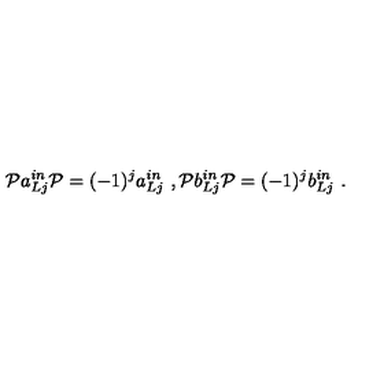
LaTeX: \mathcal { P } a _ { L j } ^ { i n } \mathcal { P } = ( - 1 ) ^ { j } a _ { L j } ^ { i n } \ , \mathcal { P } b _ { L j } ^ { i n } \mathcal { P } = ( - 1 ) ^ { j } b _ { L j } ^ { i n } \ .